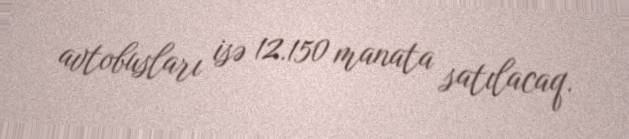
avtobusları isə 12.150 manata satılacaq.